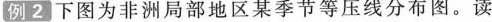
例 2 下图为非洲局部地区某季节等压线分布图。读